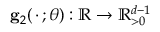
\mathbf { g } _ { 2 } ( \, \cdot \, ; \boldsymbol { \theta } ) : \mathbb { R } \to \mathbb { R } _ { > 0 } ^ { d - 1 }